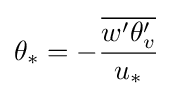
\theta _{*}=-{\dfrac {\overline {w'\theta _{v}'}}{u_{*}}}